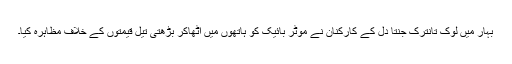
بہار میں لوک تانترک جنتا دل کے کارکنان نے موٹر بائیک کو ہاتھوں میں اٹھاکر بڑھتی تیل قیمتوں کے خلاف مظاہرہ کیا۔